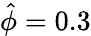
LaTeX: \hat{\phi}=0.3